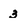
Character: 3